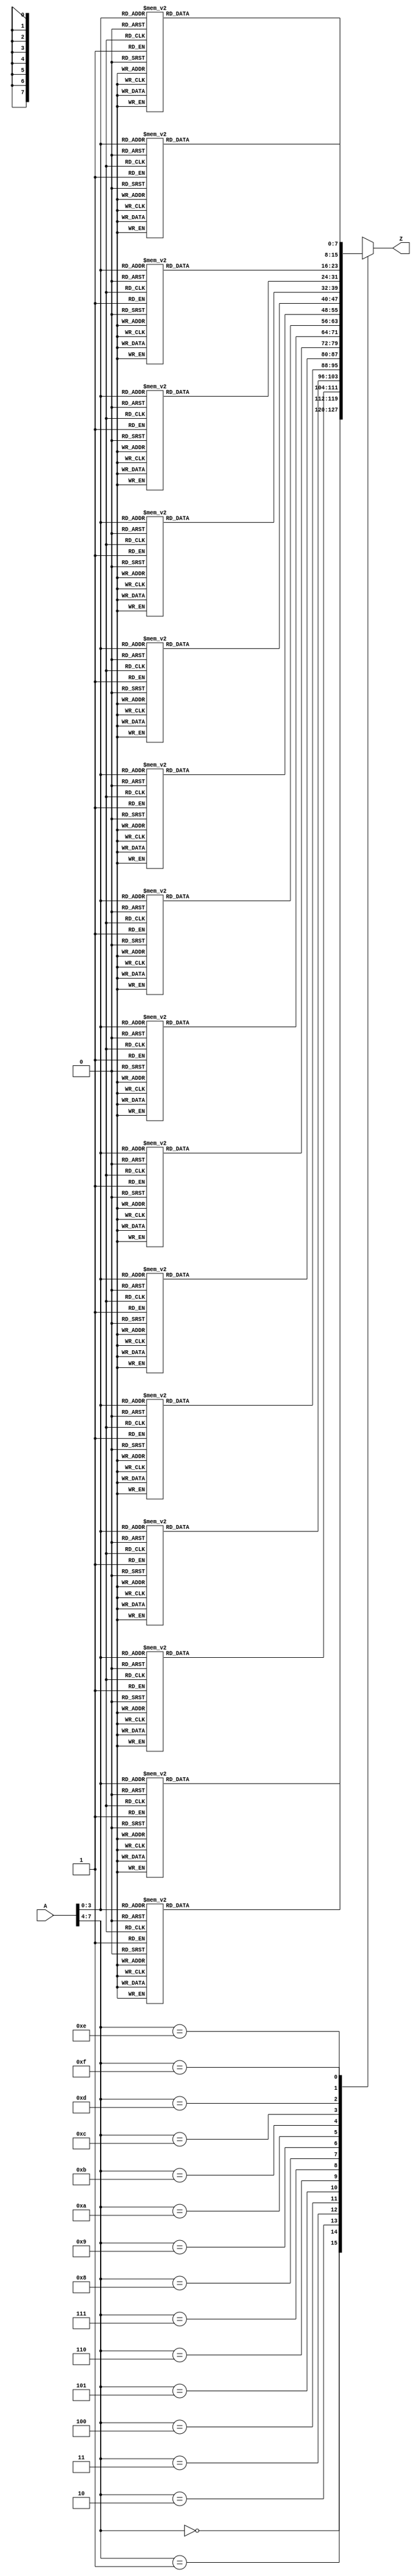
module invSubBytes(/*AUTOARG*/
   // Outputs
   Z,
   // Inputs
   A
   );

   input [7:0]  A;
   output [7:0] Z;

   assign Z[7:0] = Mother_LUT(A[7:0]);

   /**/
   function [7:0] Child_LUT0;
      input [3:0] C_A0;
      
      case (C_A0)
	
	4'b0000 : Child_LUT0 = 8'h52;
	
	4'b0001 : Child_LUT0 = 8'h09;
	
	4'b0010 : Child_LUT0 = 8'h6a;
	
	4'b0011 : Child_LUT0 = 8'hd5;
	
	4'b0100 : Child_LUT0 = 8'h30;
	
	4'b0101 : Child_LUT0 = 8'h36;
	
	4'b0110 : Child_LUT0 = 8'ha5;
	
	4'b0111 : Child_LUT0 = 8'h38;
	
	4'b1000 : Child_LUT0 = 8'hbf;
	
	4'b1001 : Child_LUT0 = 8'h40;
	
	4'b1010 : Child_LUT0 = 8'ha3;
	
	4'b1011 : Child_LUT0 = 8'h9e;
	
	4'b1100 : Child_LUT0 = 8'h81;
	
	4'b1101 : Child_LUT0 = 8'hf3;
	
	4'b1110 : Child_LUT0 = 8'hd7;
	
	4'b1111 : Child_LUT0 = 8'hfb;
	
	default : Child_LUT0 = 8'hx;	
      endcase // case C_A0      
   endfunction // C_A0
   
   /**/
   function [7:0] Child_LUT1;
      input [3:0] C_A1;
      
      case (C_A1)
	
	4'b0000 : Child_LUT1 = 8'h7c;
	
	4'b0001 : Child_LUT1 = 8'he3;
	
	4'b0010 : Child_LUT1 = 8'h39;
	
	4'b0011 : Child_LUT1 = 8'h82;
	
	4'b0100 : Child_LUT1 = 8'h9b;
	
	4'b0101 : Child_LUT1 = 8'h2f;
	
	4'b0110 : Child_LUT1 = 8'hff;
	
	4'b0111 : Child_LUT1 = 8'h87;
	
	4'b1000 : Child_LUT1 = 8'h34;
	
	4'b1001 : Child_LUT1 = 8'h8e;
	
	4'b1010 : Child_LUT1 = 8'h43;
	
	4'b1011 : Child_LUT1 = 8'h44;
	
	4'b1100 : Child_LUT1 = 8'hc4;
	
	4'b1101 : Child_LUT1 = 8'hde;
	
	4'b1110 : Child_LUT1 = 8'he9;
	
	4'b1111 : Child_LUT1 = 8'hcb;
	
	default : Child_LUT1 = 8'hx;	
      endcase // case C_A1      
   endfunction // C_A1
   
   /**/
   function [7:0] Child_LUT2;
      input [3:0] C_A2;
      
      case (C_A2)
	
	4'b0000 : Child_LUT2 = 8'h54;
	
	4'b0001 : Child_LUT2 = 8'h7b;
	
	4'b0010 : Child_LUT2 = 8'h94;
	
	4'b0011 : Child_LUT2 = 8'h32;
	
	4'b0100 : Child_LUT2 = 8'ha6;
	
	4'b0101 : Child_LUT2 = 8'hc2;
	
	4'b0110 : Child_LUT2 = 8'h23;
	
	4'b0111 : Child_LUT2 = 8'h3d;
	
	4'b1000 : Child_LUT2 = 8'hee;
	
	4'b1001 : Child_LUT2 = 8'h4c;
	
	4'b1010 : Child_LUT2 = 8'h95;
	
	4'b1011 : Child_LUT2 = 8'h0b;
	
	4'b1100 : Child_LUT2 = 8'h42;
	
	4'b1101 : Child_LUT2 = 8'hfa;
	
	4'b1110 : Child_LUT2 = 8'hc3;
	
	4'b1111 : Child_LUT2 = 8'h4e;
	
	default : Child_LUT2 = 8'hx;	
      endcase // case C_A2      
   endfunction // C_A2
   
   /**/
   function [7:0] Child_LUT3;
      input [3:0] C_A3;
      
      case (C_A3)
	
	4'b0000 : Child_LUT3 = 8'h08;
	
	4'b0001 : Child_LUT3 = 8'h2e;
	
	4'b0010 : Child_LUT3 = 8'ha1;
	
	4'b0011 : Child_LUT3 = 8'h66;
	
	4'b0100 : Child_LUT3 = 8'h28;
	
	4'b0101 : Child_LUT3 = 8'hd9;
	
	4'b0110 : Child_LUT3 = 8'h24;
	
	4'b0111 : Child_LUT3 = 8'hb2;
	
	4'b1000 : Child_LUT3 = 8'h76;
	
	4'b1001 : Child_LUT3 = 8'h5b;
	
	4'b1010 : Child_LUT3 = 8'ha2;
	
	4'b1011 : Child_LUT3 = 8'h49;
	
	4'b1100 : Child_LUT3 = 8'h6d;
	
	4'b1101 : Child_LUT3 = 8'h8b;
	
	4'b1110 : Child_LUT3 = 8'hd1;
	
	4'b1111 : Child_LUT3 = 8'h25;
	
	default : Child_LUT3 = 8'hx;	
      endcase // case C_A3      
   endfunction // C_A3
   
   /**/
   function [7:0] Child_LUT4;
      input [3:0] C_A4;
      
      case (C_A4)
	
	4'b0000 : Child_LUT4 = 8'h72;
	
	4'b0001 : Child_LUT4 = 8'hf8;
	
	4'b0010 : Child_LUT4 = 8'hf6;
	
	4'b0011 : Child_LUT4 = 8'h64;
	
	4'b0100 : Child_LUT4 = 8'h86;
	
	4'b0101 : Child_LUT4 = 8'h68;
	
	4'b0110 : Child_LUT4 = 8'h98;
	
	4'b0111 : Child_LUT4 = 8'h16;
	
	4'b1000 : Child_LUT4 = 8'hd4;
	
	4'b1001 : Child_LUT4 = 8'ha4;
	
	4'b1010 : Child_LUT4 = 8'h5c;
	
	4'b1011 : Child_LUT4 = 8'hcc;
	
	4'b1100 : Child_LUT4 = 8'h5d;
	
	4'b1101 : Child_LUT4 = 8'h65;
	
	4'b1110 : Child_LUT4 = 8'hb6;
	
	4'b1111 : Child_LUT4 = 8'h92;
	
	default : Child_LUT4 = 8'hx;	
      endcase // case C_A4      
   endfunction // C_A4
   
   /**/
   function [7:0] Child_LUT5;
      input [3:0] C_A5;
      
      case (C_A5)
	
	4'b0000 : Child_LUT5 = 8'h6c;
	
	4'b0001 : Child_LUT5 = 8'h70;
	
	4'b0010 : Child_LUT5 = 8'h48;
	
	4'b0011 : Child_LUT5 = 8'h50;
	
	4'b0100 : Child_LUT5 = 8'hfd;
	
	4'b0101 : Child_LUT5 = 8'hed;
	
	4'b0110 : Child_LUT5 = 8'hb9;
	
	4'b0111 : Child_LUT5 = 8'hda;
	
	4'b1000 : Child_LUT5 = 8'h5e;
	
	4'b1001 : Child_LUT5 = 8'h15;
	
	4'b1010 : Child_LUT5 = 8'h46;
	
	4'b1011 : Child_LUT5 = 8'h57;
	
	4'b1100 : Child_LUT5 = 8'ha7;
	
	4'b1101 : Child_LUT5 = 8'h8d;
	
	4'b1110 : Child_LUT5 = 8'h9d;
	
	4'b1111 : Child_LUT5 = 8'h84;
	
	default : Child_LUT5 = 8'hx;	
      endcase // case C_A5      
   endfunction // C_A5
   
   /**/
   function [7:0] Child_LUT6;
      input [3:0] C_A6;
      
      case (C_A6)
	
	4'b0000 : Child_LUT6 = 8'h90;
	
	4'b0001 : Child_LUT6 = 8'hd8;
	
	4'b0010 : Child_LUT6 = 8'hab;
	
	4'b0011 : Child_LUT6 = 8'h00;
	
	4'b0100 : Child_LUT6 = 8'h8c;
	
	4'b0101 : Child_LUT6 = 8'hbc;
	
	4'b0110 : Child_LUT6 = 8'hd3;
	
	4'b0111 : Child_LUT6 = 8'h0a;
	
	4'b1000 : Child_LUT6 = 8'hf7;
	
	4'b1001 : Child_LUT6 = 8'he4;
	
	4'b1010 : Child_LUT6 = 8'h58;
	
	4'b1011 : Child_LUT6 = 8'h05;
	
	4'b1100 : Child_LUT6 = 8'hb8;
	
	4'b1101 : Child_LUT6 = 8'hb3;
	
	4'b1110 : Child_LUT6 = 8'h45;
	
	4'b1111 : Child_LUT6 = 8'h06;
	
	default : Child_LUT6 = 8'hx;	
      endcase // case C_A6      
   endfunction // C_A6
   
   /**/
   function [7:0] Child_LUT7;
      input [3:0] C_A7;
      
      case (C_A7)
	
	4'b0000 : Child_LUT7 = 8'hd0;
	
	4'b0001 : Child_LUT7 = 8'h2c;
	
	4'b0010 : Child_LUT7 = 8'h1e;
	
	4'b0011 : Child_LUT7 = 8'h8f;
	
	4'b0100 : Child_LUT7 = 8'hca;
	
	4'b0101 : Child_LUT7 = 8'h3f;
	
	4'b0110 : Child_LUT7 = 8'h0f;
	
	4'b0111 : Child_LUT7 = 8'h02;
	
	4'b1000 : Child_LUT7 = 8'hc1;
	
	4'b1001 : Child_LUT7 = 8'haf;
	
	4'b1010 : Child_LUT7 = 8'hbd;
	
	4'b1011 : Child_LUT7 = 8'h03;
	
	4'b1100 : Child_LUT7 = 8'h01;
	
	4'b1101 : Child_LUT7 = 8'h13;
	
	4'b1110 : Child_LUT7 = 8'h8a;
	
	4'b1111 : Child_LUT7 = 8'h6b;
	
	default : Child_LUT7 = 8'hx;	
      endcase // case C_A7      
   endfunction // C_A7
   
   /**/
   function [7:0] Child_LUT8;
      input [3:0] C_A8;
      
      case (C_A8)
	
	4'b0000 : Child_LUT8 = 8'h3a;
	
	4'b0001 : Child_LUT8 = 8'h91;
	
	4'b0010 : Child_LUT8 = 8'h11;
	
	4'b0011 : Child_LUT8 = 8'h41;
	
	4'b0100 : Child_LUT8 = 8'h4f;
	
	4'b0101 : Child_LUT8 = 8'h67;
	
	4'b0110 : Child_LUT8 = 8'hdc;
	
	4'b0111 : Child_LUT8 = 8'hea;
	
	4'b1000 : Child_LUT8 = 8'h97;
	
	4'b1001 : Child_LUT8 = 8'hf2;
	
	4'b1010 : Child_LUT8 = 8'hcf;
	
	4'b1011 : Child_LUT8 = 8'hce;
	
	4'b1100 : Child_LUT8 = 8'hf0;
	
	4'b1101 : Child_LUT8 = 8'hb4;
	
	4'b1110 : Child_LUT8 = 8'he6;
	
	4'b1111 : Child_LUT8 = 8'h73;
	
	default : Child_LUT8 = 8'hx;	
      endcase // case C_A8      
   endfunction // C_A8
   
   /**/
   function [7:0] Child_LUT9;
      input [3:0] C_A9;
      
      case (C_A9)
	
	4'b0000 : Child_LUT9 = 8'h96;
	
	4'b0001 : Child_LUT9 = 8'hac;
	
	4'b0010 : Child_LUT9 = 8'h74;
	
	4'b0011 : Child_LUT9 = 8'h22;
	
	4'b0100 : Child_LUT9 = 8'he7;
	
	4'b0101 : Child_LUT9 = 8'had;
	
	4'b0110 : Child_LUT9 = 8'h35;
	
	4'b0111 : Child_LUT9 = 8'h85;
	
	4'b1000 : Child_LUT9 = 8'he2;
	
	4'b1001 : Child_LUT9 = 8'hf9;
	
	4'b1010 : Child_LUT9 = 8'h37;
	
	4'b1011 : Child_LUT9 = 8'he8;
	
	4'b1100 : Child_LUT9 = 8'h1c;
	
	4'b1101 : Child_LUT9 = 8'h75;
	
	4'b1110 : Child_LUT9 = 8'hdf;
	
	4'b1111 : Child_LUT9 = 8'h6e;
	
	default : Child_LUT9 = 8'hx;	
      endcase // case C_A9      
   endfunction // C_A9
   
   /**/
   function [7:0] Child_LUT10;
      input [3:0] C_A10;
      
      case (C_A10)
	
	4'b0000 : Child_LUT10 = 8'h47;
	
	4'b0001 : Child_LUT10 = 8'hf1;
	
	4'b0010 : Child_LUT10 = 8'h1a;
	
	4'b0011 : Child_LUT10 = 8'h71;
	
	4'b0100 : Child_LUT10 = 8'h1d;
	
	4'b0101 : Child_LUT10 = 8'h29;
	
	4'b0110 : Child_LUT10 = 8'hc5;
	
	4'b0111 : Child_LUT10 = 8'h89;
	
	4'b1000 : Child_LUT10 = 8'h6f;
	
	4'b1001 : Child_LUT10 = 8'hb7;
	
	4'b1010 : Child_LUT10 = 8'h62;
	
	4'b1011 : Child_LUT10 = 8'h0e;
	
	4'b1100 : Child_LUT10 = 8'haa;
	
	4'b1101 : Child_LUT10 = 8'h18;
	
	4'b1110 : Child_LUT10 = 8'hbe;
	
	4'b1111 : Child_LUT10 = 8'h1b;
	
	default : Child_LUT10 = 8'hx;	
      endcase // case C_A10      
   endfunction // C_A10
   
   /**/
   function [7:0] Child_LUT11;
      input [3:0] C_A11;
      
      case (C_A11)
	
	4'b0000 : Child_LUT11 = 8'hfc;
	
	4'b0001 : Child_LUT11 = 8'h56;
	
	4'b0010 : Child_LUT11 = 8'h3e;
	
	4'b0011 : Child_LUT11 = 8'h4b;
	
	4'b0100 : Child_LUT11 = 8'hc6;
	
	4'b0101 : Child_LUT11 = 8'hd2;
	
	4'b0110 : Child_LUT11 = 8'h79;
	
	4'b0111 : Child_LUT11 = 8'h20;
	
	4'b1000 : Child_LUT11 = 8'h9a;
	
	4'b1001 : Child_LUT11 = 8'hdb;
	
	4'b1010 : Child_LUT11 = 8'hc0;
	
	4'b1011 : Child_LUT11 = 8'hfe;
	
	4'b1100 : Child_LUT11 = 8'h78;
	
	4'b1101 : Child_LUT11 = 8'hcd;
	
	4'b1110 : Child_LUT11 = 8'h5a;
	
	4'b1111 : Child_LUT11 = 8'hf4;
	
	default : Child_LUT11 = 8'hx;	
      endcase // case C_A11      
   endfunction // C_A11
   
   /**/
   function [7:0] Child_LUT12;
      input [3:0] C_A12;
      
      case (C_A12)
	
	4'b0000 : Child_LUT12 = 8'h1f;
	
	4'b0001 : Child_LUT12 = 8'hdd;
	
	4'b0010 : Child_LUT12 = 8'ha8;
	
	4'b0011 : Child_LUT12 = 8'h33;
	
	4'b0100 : Child_LUT12 = 8'h88;
	
	4'b0101 : Child_LUT12 = 8'h07;
	
	4'b0110 : Child_LUT12 = 8'hc7;
	
	4'b0111 : Child_LUT12 = 8'h31;
	
	4'b1000 : Child_LUT12 = 8'hb1;
	
	4'b1001 : Child_LUT12 = 8'h12;
	
	4'b1010 : Child_LUT12 = 8'h10;
	
	4'b1011 : Child_LUT12 = 8'h59;
	
	4'b1100 : Child_LUT12 = 8'h27;
	
	4'b1101 : Child_LUT12 = 8'h80;
	
	4'b1110 : Child_LUT12 = 8'hec;
	
	4'b1111 : Child_LUT12 = 8'h5f;
	
	default : Child_LUT12 = 8'hx;	
      endcase // case C_A12      
   endfunction // C_A12
   
   /**/
   function [7:0] Child_LUT13;
      input [3:0] C_A13;
      
      case (C_A13)
	
	4'b0000 : Child_LUT13 = 8'h60;
	
	4'b0001 : Child_LUT13 = 8'h51;
	
	4'b0010 : Child_LUT13 = 8'h7f;
	
	4'b0011 : Child_LUT13 = 8'ha9;
	
	4'b0100 : Child_LUT13 = 8'h19;
	
	4'b0101 : Child_LUT13 = 8'hb5;
	
	4'b0110 : Child_LUT13 = 8'h4a;
	
	4'b0111 : Child_LUT13 = 8'h0d;
	
	4'b1000 : Child_LUT13 = 8'h2d;
	
	4'b1001 : Child_LUT13 = 8'he5;
	
	4'b1010 : Child_LUT13 = 8'h7a;
	
	4'b1011 : Child_LUT13 = 8'h9f;
	
	4'b1100 : Child_LUT13 = 8'h93;
	
	4'b1101 : Child_LUT13 = 8'hc9;
	
	4'b1110 : Child_LUT13 = 8'h9c;
	
	4'b1111 : Child_LUT13 = 8'hef;
	
	default : Child_LUT13 = 8'hx;	
      endcase // case C_A13      
   endfunction // C_A13
   
   /**/
   function [7:0] Child_LUT14;
      input [3:0] C_A14;
      
      case (C_A14)
	
	4'b0000 : Child_LUT14 = 8'ha0;
	
	4'b0001 : Child_LUT14 = 8'he0;
	
	4'b0010 : Child_LUT14 = 8'h3b;
	
	4'b0011 : Child_LUT14 = 8'h4d;
	
	4'b0100 : Child_LUT14 = 8'hae;
	
	4'b0101 : Child_LUT14 = 8'h2a;
	
	4'b0110 : Child_LUT14 = 8'hf5;
	
	4'b0111 : Child_LUT14 = 8'hb0;
	
	4'b1000 : Child_LUT14 = 8'hc8;
	
	4'b1001 : Child_LUT14 = 8'heb;
	
	4'b1010 : Child_LUT14 = 8'hbb;
	
	4'b1011 : Child_LUT14 = 8'h3c;
	
	4'b1100 : Child_LUT14 = 8'h83;
	
	4'b1101 : Child_LUT14 = 8'h53;
	
	4'b1110 : Child_LUT14 = 8'h99;
	
	4'b1111 : Child_LUT14 = 8'h61;
	
	default : Child_LUT14 = 8'hx;	
      endcase // case C_A14      
   endfunction // C_A14
   
   /**/
   function [7:0] Child_LUT15;
      input [3:0] C_A15;
      
      case (C_A15)
	
	4'b0000 : Child_LUT15 = 8'h17;
	
	4'b0001 : Child_LUT15 = 8'h2b;
	
	4'b0010 : Child_LUT15 = 8'h04;
	
	4'b0011 : Child_LUT15 = 8'h7e;
	
	4'b0100 : Child_LUT15 = 8'hba;
	
	4'b0101 : Child_LUT15 = 8'h77;
	
	4'b0110 : Child_LUT15 = 8'hd6;
	
	4'b0111 : Child_LUT15 = 8'h26;
	
	4'b1000 : Child_LUT15 = 8'he1;
	
	4'b1001 : Child_LUT15 = 8'h69;
	
	4'b1010 : Child_LUT15 = 8'h14;
	
	4'b1011 : Child_LUT15 = 8'h63;
	
	4'b1100 : Child_LUT15 = 8'h55;
	
	4'b1101 : Child_LUT15 = 8'h21;
	
	4'b1110 : Child_LUT15 = 8'h0c;
	
	4'b1111 : Child_LUT15 = 8'h7d;
	
	default : Child_LUT15 = 8'hx;	
      endcase // case C_A15      
   endfunction // C_A15
   
   /**/

   function [7:0] Mother_LUT;
      input [7:0] M_A;

      case(M_A[7:4])
	
	4'b0000 : Mother_LUT = Child_LUT0(M_A[3:0]);
	
	4'b0001 : Mother_LUT = Child_LUT1(M_A[3:0]);
	
	4'b0010 : Mother_LUT = Child_LUT2(M_A[3:0]);
	
	4'b0011 : Mother_LUT = Child_LUT3(M_A[3:0]);
	
	4'b0100 : Mother_LUT = Child_LUT4(M_A[3:0]);
	
	4'b0101 : Mother_LUT = Child_LUT5(M_A[3:0]);
	
	4'b0110 : Mother_LUT = Child_LUT6(M_A[3:0]);
	
	4'b0111 : Mother_LUT = Child_LUT7(M_A[3:0]);
	
	4'b1000 : Mother_LUT = Child_LUT8(M_A[3:0]);
	
	4'b1001 : Mother_LUT = Child_LUT9(M_A[3:0]);
	
	4'b1010 : Mother_LUT = Child_LUT10(M_A[3:0]);
	
	4'b1011 : Mother_LUT = Child_LUT11(M_A[3:0]);
	
	4'b1100 : Mother_LUT = Child_LUT12(M_A[3:0]);
	
	4'b1101 : Mother_LUT = Child_LUT13(M_A[3:0]);
	
	4'b1110 : Mother_LUT = Child_LUT14(M_A[3:0]);
	
	4'b1111 : Mother_LUT = Child_LUT15(M_A[3:0]);
	
        default : Mother_LUT = 8'hx;
      endcase // case (M_A[7:4])
   endfunction // case
   
endmodule